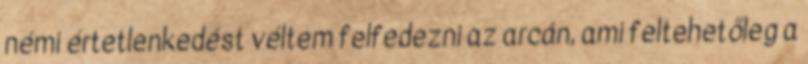
némi értetlenkedést véltem felfedezni az arcán, ami feltehetőleg a